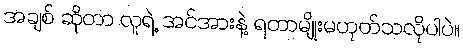
အချစ် ဆိုတာ လူရဲ့ အင်အားနဲ့ ရတာမျိုးမဟုတ်သလိုပါပဲ။